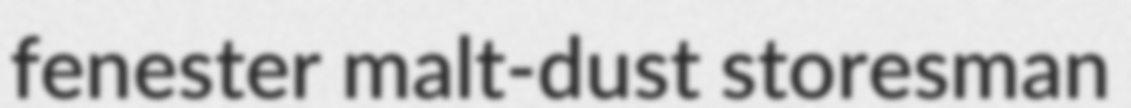
fenester malt-dust storesman